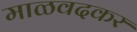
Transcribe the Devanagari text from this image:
माळवदकर